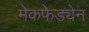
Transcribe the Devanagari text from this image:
मेकफेड्येन